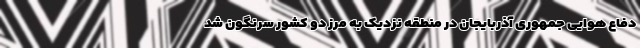
دفاع هوایی جمهوری آذربایجان در منطقه نزدیک به مرز دو کشور سرنگون شد